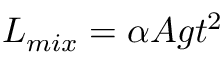
L _ { m i x } = \alpha A g t ^ { 2 }